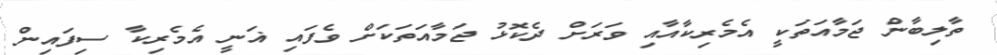
ތާލިބާން ޖަމާއަތަކީ އެމެރިކާއާއި ވަރަށް ދެކޮޅު ޖަމާއަތަކަށް ވެފައި ޣަނީ އެމެރިކާ ސިފައިން